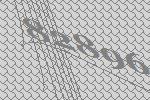
82896